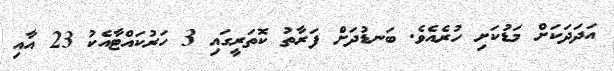
އަދަދަކަށް މަޑުކަށި ހުރެއެވެ. ބަނޑުދަށް ފަރާތު ކޮތަރީގައި 3 ހަރުކައްޓާއެކު 23 އާއި